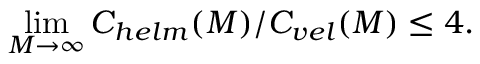
\operatorname* { l i m } _ { M \rightarrow \infty } C _ { h e l m } ( M ) / C _ { v e l } ( M ) \leq 4 .